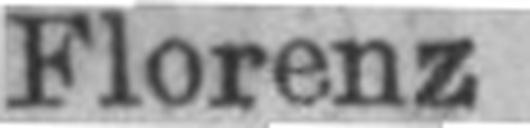
Florenz